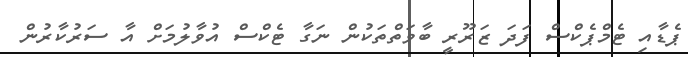
ޕެޑާއި ޓެމްޕެކްސް ފަދަ ޒަރޫރީ ބާވަތްތަކުން ނަގާ ޓެކްސް އުވާލުމަށް އާ ސަރުކާރުން